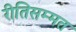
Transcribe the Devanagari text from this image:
रीतिसम्मत